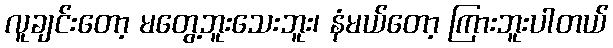
လူချင်းတော့ မတွေ့ဘူးသေးဘူး၊ နံမယ်တော့ ကြားဘူးပါတယ်